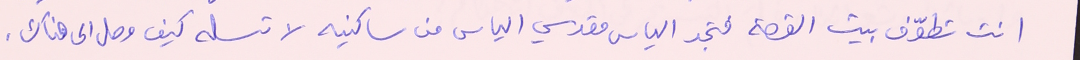
انت تطوّف بيت القصة فتجد الياس مقدسي الياس من ساكنيه لا تسله كيف وصل الى هناك.